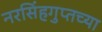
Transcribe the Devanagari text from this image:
नरसिंहगुप्तच्या